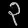
Digit: ၃